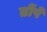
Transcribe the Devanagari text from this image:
तोंपें